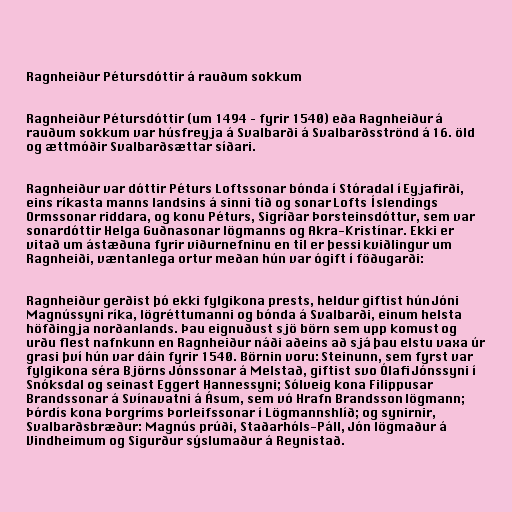
Ragnheiður Pétursdóttir á rauðum sokkum

Ragnheiður Pétursdóttir (um 1494 – fyrir 1540) eða Ragnheiður á
rauðum sokkum var húsfreyja á Svalbarði á Svalbarðsströnd á 16. öld
og ættmóðir Svalbarðsættar síðari.

Ragnheiður var dóttir Péturs Loftssonar bónda í Stóradal í Eyjafirði,
eins ríkasta manns landsins á sinni tíð og sonar Lofts Íslendings
Ormssonar riddara, og konu Péturs, Sigríðar Þorsteinsdóttur, sem var
sonardóttir Helga Guðnasonar lögmanns og Akra-Kristínar. Ekki er
vitað um ástæðuna fyrir viðurnefninu en til er þessi kviðlingur um
Ragnheiði, væntanlega ortur meðan hún var ógift í föðugarði:

Ragnheiður gerðist þó ekki fylgikona prests, heldur giftist hún Jóni
Magnússyni ríka, lögréttumanni og bónda á Svalbarði, einum helsta
höfðingja norðanlands. Þau eignuðust sjö börn sem upp komust og
urðu flest nafnkunn en Ragnheiður náði aðeins að sjá þau elstu vaxa úr
grasi því hún var dáin fyrir 1540. Börnin voru: Steinunn, sem fyrst var
fylgikona séra Björns Jónssonar á Melstað, giftist svo Ólafi Jónssyni í
Snóksdal og seinast Eggert Hannessyni; Sólveig kona Filippusar
Brandssonar á Svínavatni á Ásum, sem vó Hrafn Brandsson lögmann;
Þórdís kona Þorgríms Þorleifssonar í Lögmannshlíð; og synirnir,
Svalbarðsbræður: Magnús prúði, Staðarhóls-Páll, Jón lögmaður á
Vindheimum og Sigurður sýslumaður á Reynistað.